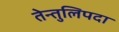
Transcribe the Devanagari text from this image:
तेन्तुलिपदा